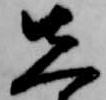
先